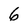
Character: 6